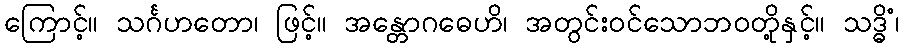
ကြောင့်။ သင်္ဂဟတော၊ ဖြင့်။ အန္တောဂဓေဟိ၊ အတွင်းဝင်သောဘဝတို့နှင့်။ သဒ္ဓိံ၊